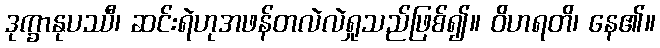
ဒုက္ခာနုပဿီ၊ ဆင်းရဲဟုအဖန်တလဲလဲရှုသည်ဖြစ်၍။ ဝိဟရတိ၊ နေ၏။